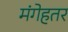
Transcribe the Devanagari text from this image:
मंगेहतर